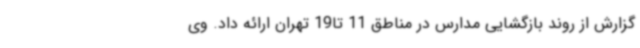
گزارش از روند بازگشایی مدارس در مناطق 11 تا19 تهران ارائه داد. وی